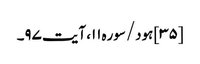
[۳۵] ہود/سوره۱۱، آیت ۹۷۔